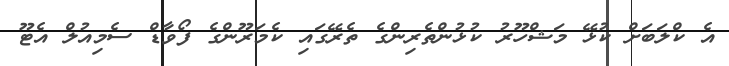
އެ ކްލަބަށް ކުޅޭ މަޝްހޫރު ކުޅުންތެރިންގެ ތެރޭގައި ކެމަރޫންގެ ފޯވާޑް ސެމިއުލް އެޓޫ